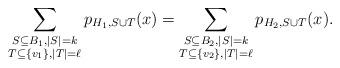
LaTeX: \begin{align*}\sum_{\substack{S\subseteq B_1, |S|=k\\T\subseteq \{v_1\}, |T|=\ell}}p_{H_1,S\cup T}(x)=\sum_{\substack{S\subseteq B_2, |S|=k\\T\subseteq \{v_2\}, |T|=\ell}}p_{H_2,S\cup T}(x).\end{align*}